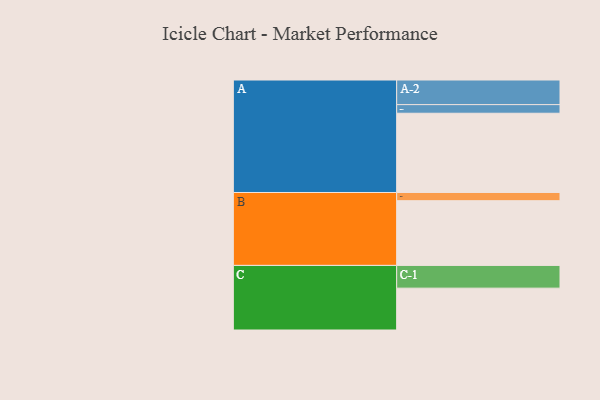
{"axis": {"x": "Segment", "y": "Value"}, "legend": ["", "A", "B", "C"], "data": [{"x": "A", "y": 589, "type": ""}, {"x": "B", "y": 481, "type": ""}, {"x": "C", "y": 311, "type": ""}, {"x": "A-1", "y": 64, "type": "A"}, {"x": "A-2", "y": 183, "type": "A"}, {"x": "B-1", "y": 61, "type": "B"}, {"x": "C-1", "y": 169, "type": "C"}]}